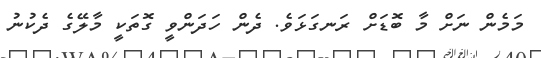
މަމެން ނަށް މާ ބޮޑަށް ރަނގަޅަވެ. ދެން ހަދަންވީ ގޮތަކީ މާލޭގެ ދެކުނު